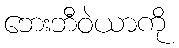
ဘေးဘီဝဲယာကို